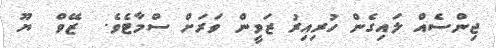
ޖިންސެއް ލައިގެން ހުރިއިރު ޒަވީން ވަރަށް ސްމާޓެވެ.  ޒޭވް  ޔޫ